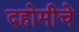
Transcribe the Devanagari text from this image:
दहोमीचे